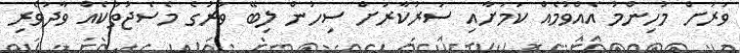
ވަރަށް މުހިންމު އެއްވުމެއް ކަމަށާއި ސަރުކާރަށް ސިހުން ލިބޭ ވަރުގެ މެސެޖުތަކެއް ވާދަވެރި